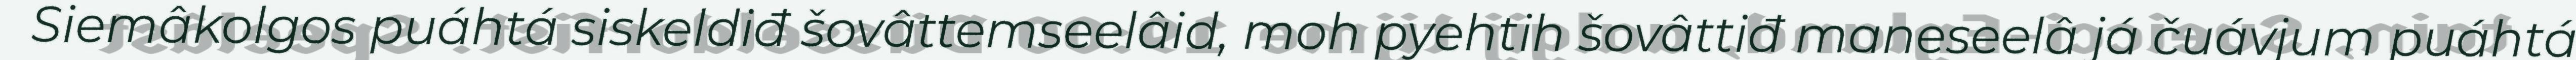
Siemâkolgos puáhtá siskeldiđ šovâttemseelâid, moh pyehtih šovâttiđ maneseelâ já čuávjum puáhtá